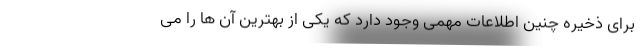
برای ذخیره چنین اطلاعات مهمی وجود دارد که یکی از بهترین آن ها را می